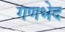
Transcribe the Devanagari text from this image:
गणभेद